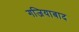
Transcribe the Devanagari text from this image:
गजियाबाद